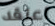
أعتقد